Indian Medical Review
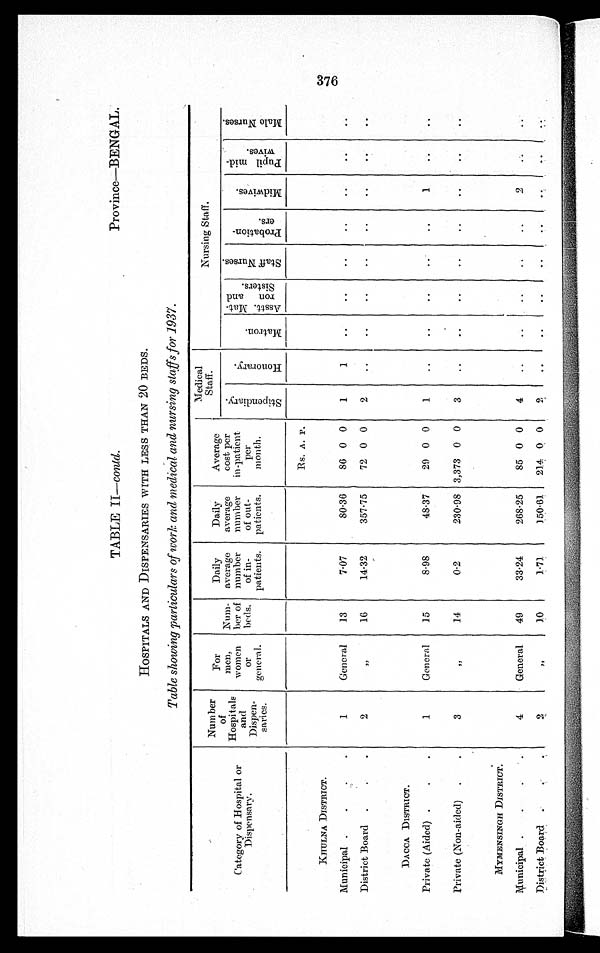
TABLE II—contd.
Province—BENGAL.-
HOSPITALS AND DISPENSARIES WITH LESS THAN 20 BEDS.
Table showing particulars of work and medical and nursing staffs for 1937.
C'ateg
of Hospital or
Dispensary.
an
ory
Number
of
Hospd itals
Dispen-
caries.
For
men,
women
or
,eneral.
.
Num-
her of
beds.
Daily
average
number
of in-
patients.
Daily
average
number
of out-
patients.
Average
cost per
in-patient
Per
m on tb .
Medical
Staff.
Nursing Staff.
-
,,
;.
.
5
;--,
a:)
.;.. -.
-1..
rn
=
' .,
,. e
'6
z
o
7. 1
2
.-,
ce
P-1
' 7.-."
4 rj:31
,- ,
tz :-.
.,3 4,
+.• 5 .
.,-,
. P. ,./
r
ri..,
=
ce
-4.D
U.1.
o
'''' I
-0 al
0 s-,
0.)
P-4
6, 3
.5 t>
•••
rd
•,-,
. - '
E , - .
.__, wo
•-' ›•
P...-4
P-1
u
1
z
o
.
A'
Es. A. P.
KITULNA DISTRICT.
Municipal .
.
.
.
1
General
13
7-07
80-36
86 0 0
1
1
..
..
..
..
..
..
District Board .
.
.
2
,,
16
14.32
357.75
72 0 0
2
..
..
..
..
..
..
• •
DACCA DISTRICT.
Private (Aided) .
.
.
1
General
1.5
8.98
48.37
29 0 0
1
• •
• •
• •
• •
1
..
..
Private (Non-aided)
.
.
3
,,
14
0-2
230998 3,373 0 0
3
..
..
..
..
..
..
..
..
MYMENSINGH DISTRICT.
*unieipal .
.
.
.
4
- General
49
33.24
268.25
85 0 0
4
..
..
..
..
..
2
..
District Board .
, 2
10
1-71
150.61
21.4 0 0
2
• •
.. • . - I ..
..
..
--.
CA,